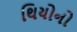
થિયોનો